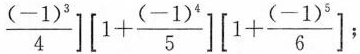
$$\frac{(-1)^{3}}{4}\right] \left[ 1+ \frac{(-1)^{4}}{5}\right] \left[ 1+ \frac{(-1)^{5}}{6}\right ]$$;